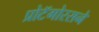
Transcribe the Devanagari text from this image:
प्रोटॅगोरसने